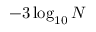
- 3 \log _ { 1 0 } N